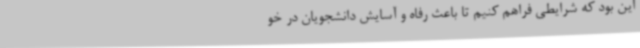
این بود که شرایطی فراهم کنیم تا باعث رفاه و آسایش دانشجویان در خو